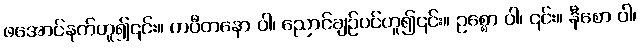
ဖအောင်နက်ဟူ၍၎င်း။ ကပီတနော ဝါ၊ ညောင်ချဉ်ပင်ဟူ၍၎င်း။ ဥစ္စော ဝါ၊ ၎င်း။ နီစော ဝါ၊